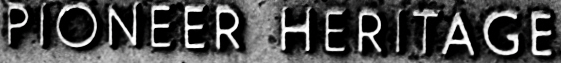
PIONEER HERITAGE